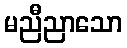
မညီညာသော